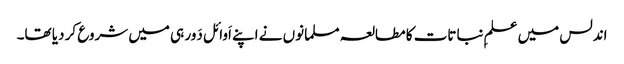
اندلس میں علمِ نباتات کا مطالعہ مسلمانوں نے اپنے اَوائل دَور ہی میں شروع کر دیا تھا۔